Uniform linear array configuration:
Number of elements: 48
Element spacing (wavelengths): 0.75
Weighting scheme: uniform
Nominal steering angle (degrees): -60
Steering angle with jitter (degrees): -58.538
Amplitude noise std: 0.05
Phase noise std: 0.05

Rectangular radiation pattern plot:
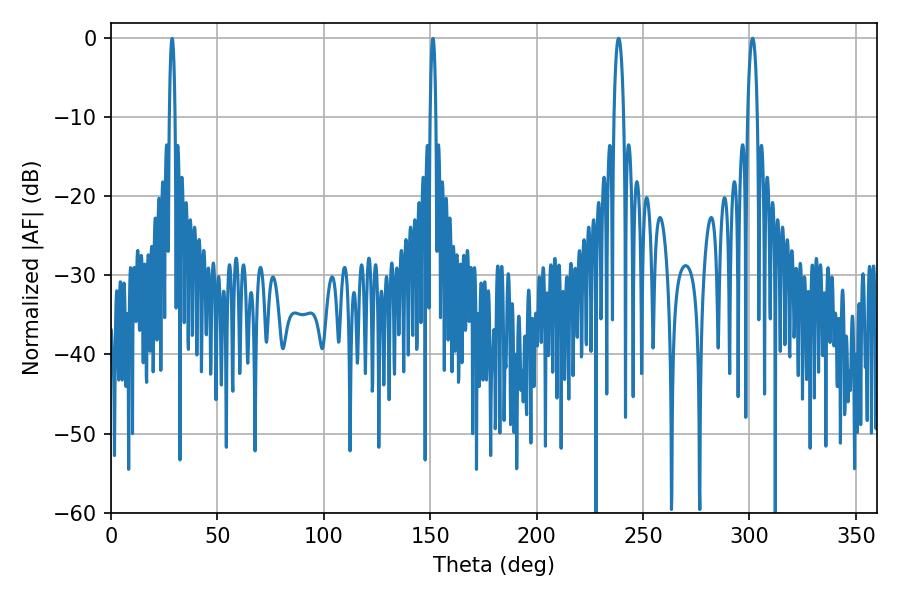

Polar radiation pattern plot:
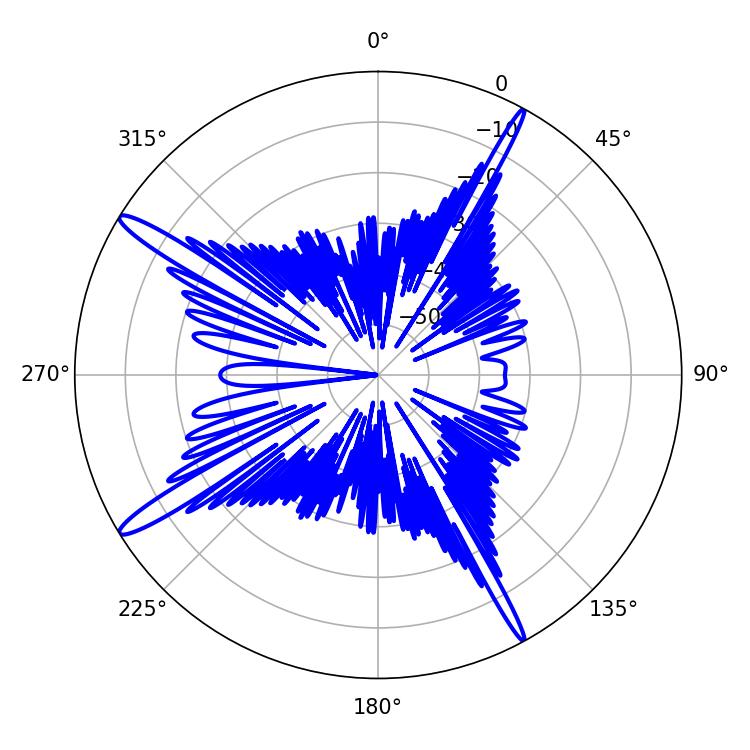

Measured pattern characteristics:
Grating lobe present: TRUE
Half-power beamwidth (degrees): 2.52
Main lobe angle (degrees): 238.5